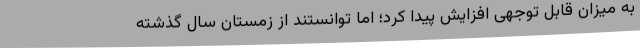
به میزان قابل توجهی افزایش پیدا کرد؛ اما توانستند از زمستان سال گذشته